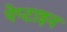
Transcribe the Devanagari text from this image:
पेप्टाइन